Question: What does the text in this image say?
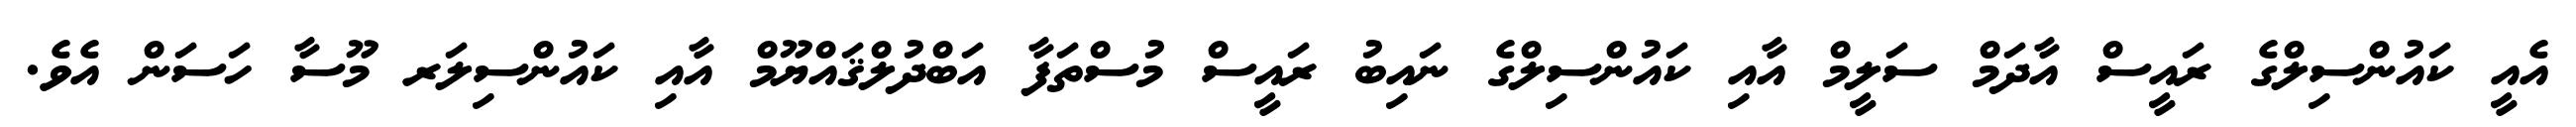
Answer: އެއީ ކައުންސިލްގެ ރައީސް އާދަމް ސަލީމް އާއި ކައުންސިލްގެ ނައިބު ރައީސް މުސްތަފާ އަބްދުލްޤައްޔޫމް އާއި ކައުންސިލަރ މޫސާ ހަސަން އެވެ.